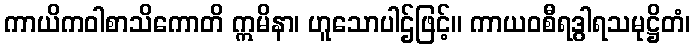
ကာယိကဝါစာသိကောတိ ဣမိနာ၊ ဟူသောပါဌ်ဖြင့်။ ကာယဝစီရဒွါရသမုဋ္ဌိတံ၊